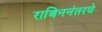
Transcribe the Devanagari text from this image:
राबिननंतरचे